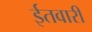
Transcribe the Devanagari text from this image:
ईतवारी